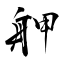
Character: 舺